Indian Civil Veterinary Department memoirs
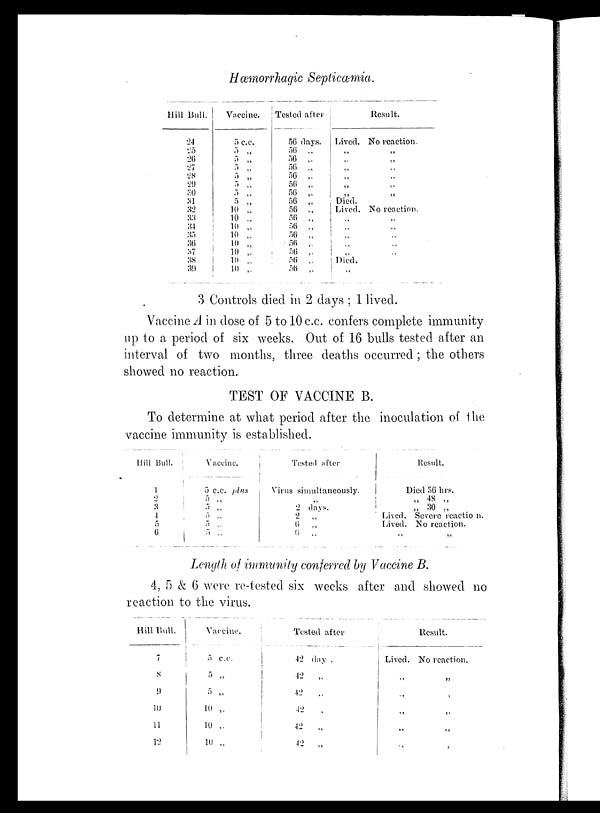
Hæmorrhagic Septicæmia.
Hill Bull.
24
25
26 27
28
29
30
31
32
33
34
35
36
37
38
39
Vaccine.
5 c.c.
5 „
5 „
5 „
5 „
5 „
5 „
5 „
10 „
10 „
10 „
10 „
10 „
10 „
10 „
10 „
Tested after
56 days.
56
„
56
„
56 „
56 „
56
„
56
„
56
„
56
„
56
„
56
„
56
„
56
„
56 „
56
„
56
„
Lived.
„
„
„
„
„
„
Died.
Lived.
„
„
„
„
„
Died.
„
Result.
No reaction.
„
„
„
„
„
„
No reaction.
„
„
„
„
„
3 Controls died in 2 days ; 1 lived.
Vaccine A in dose of 5 to 10 c.c. confers complete immunity
up to a period of six weeks. Out of 16 bulls tested after an
interval of two months, three deaths occurred ; the others
showed no reaction.
TEST OF VACCINE B.
To determine at what period after the inoculation of the
vaccine immunity is established.
Hill Bull.
1
2
3
4
5
6
Vaccine.
5 c.c. plns
5 „
5 „
5 „
5 „
5 „
Tested after
Virus simultaneously.
„
2 days.
9 „
6
„
6 „
Lived
Lived
„
Result.
Died 36 hrs.
48 „
30 „
Severe reaction.
No reaction.
„
Length of immunity conferred by Vaccine B.
4, 5 & 6 were re-tested six weeks after and showed no
reaction to the virus.
Hill Bull.
7
8
9
10
11
12
Vaccine.
5 c.c.
5 „
5 „
10 „
10 „
10 „
Tested after
42
day.
42
„
42 „
42 „
42 „
42 „
Result.
Lived. No reaction.
„ „
„ „
„ „
„ „
„ „